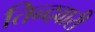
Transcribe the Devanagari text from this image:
तिन्‍दवारी